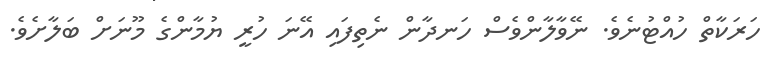
ހަރަކާތް ހުއްޓުނެވެ. ނޭވާލާންވެސް ހަނދާން ނެތިފައި އޭނަ ހުރީ ޔުމާންގެ މޫނަށް ބަލާށެވެ.